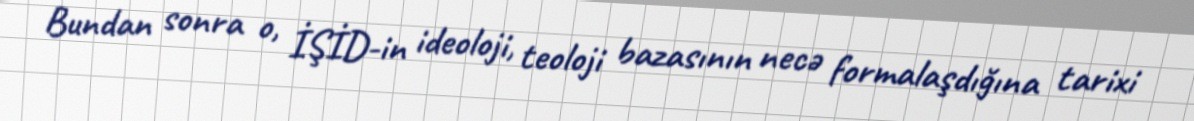
Bundan sonra o, İŞİD-in ideoloji, teoloji bazasının necə formalaşdığına tarixi